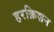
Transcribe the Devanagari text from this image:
हरक्रिशन